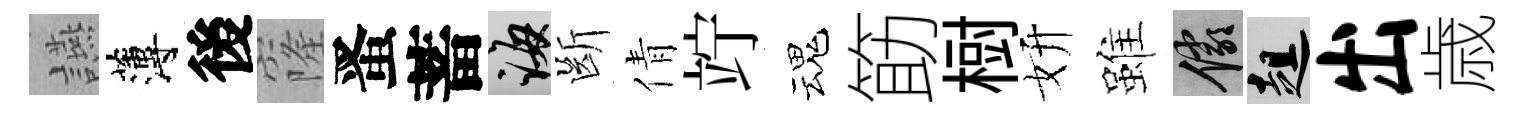
讌薄後窿󱉠蓄誨㫁倩竚魂筯𣗳妍雖儼趄出歳